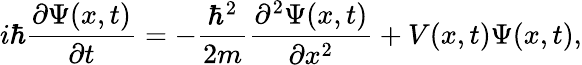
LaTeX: i\hbar\frac{\partial\Psi(x,t)}{\partial t}=-\frac{\hbar^{2}}{2m}\frac{\partial^{2}\Psi(x,t)}{\partial x^{2}}+V(x,t)\Psi(x,t),